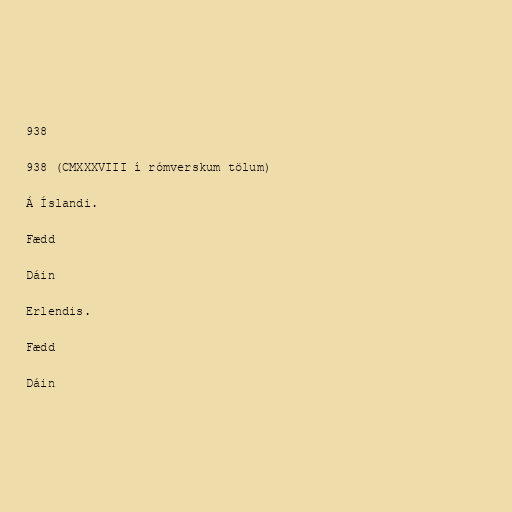
938

938 (CMXXXVIII í rómverskum tölum)

Á Íslandi.

Fædd

Dáin

Erlendis.

Fædd

Dáin